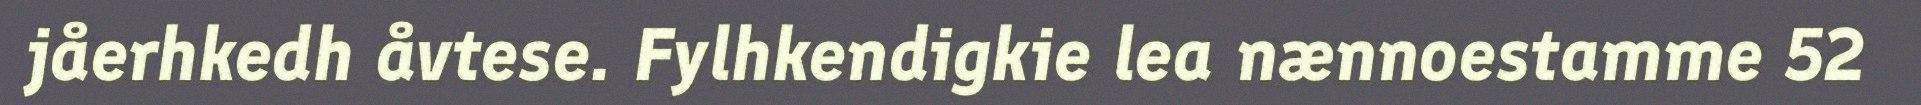
jåerhkedh åvtese. Fylhkendigkie lea nænnoestamme 52